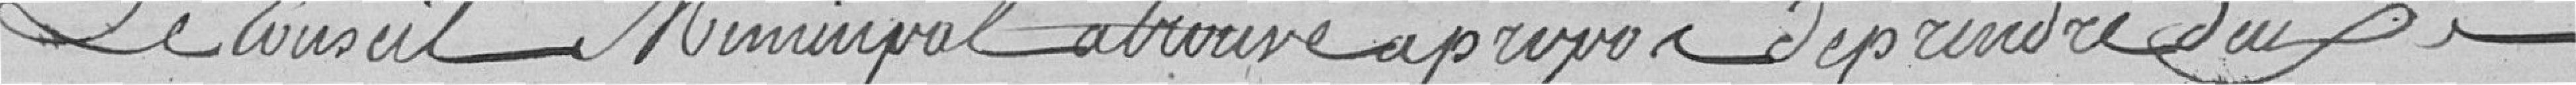
Le Conseil municipal a trouvé à propos de prendre deux